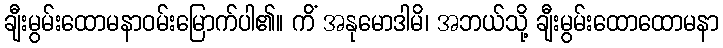
ချီးမွမ်းထောမနာဝမ်းမြောက်ပါ၏။ ကိံ အနုမောဒါမိ၊ အဘယ်သို့ ချီးမွမ်းထောထောမနာ